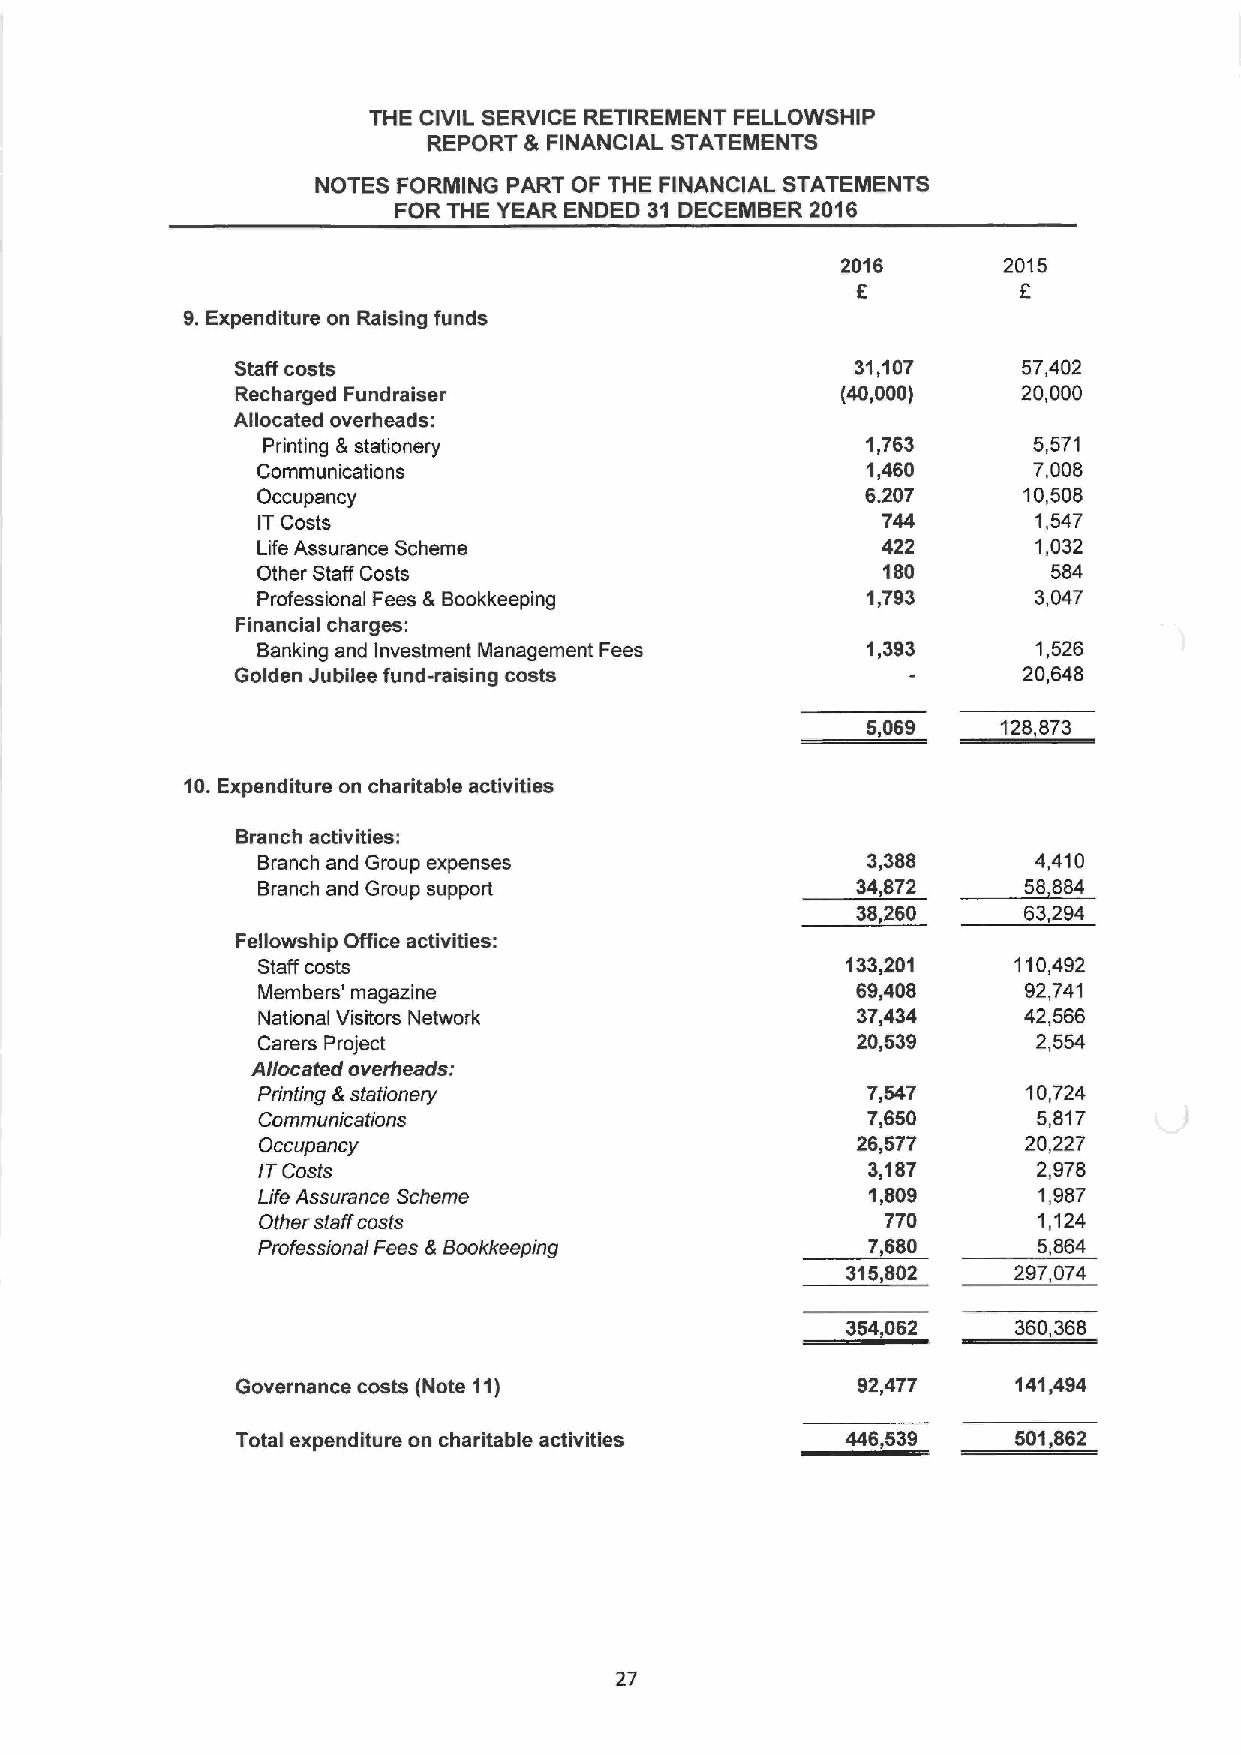
THE CIVIL SERVICE RETIREMENT FELLOWSHIP
 REPORT & FINANCIAL STATEMENTS
 NOTES FORMING PART OF THE FINANCIAL STATEMENTS
 FOR THE YEAR ENDED 31 DECEMBER 2016
 2016      2015
 6         6
 9.Expenditure on Raising funds
 Staff costs                               31,107     57,402
 Recharged Fundraiser                    (40,000)    20,000
 Allocated overheads:
 Printing 8 stationery                   1,763      5,571
 Communications                          1,460      7,008
 Occupancy                               6.207      10,508
 ITCosts                                  744        1,547
 Life Assurance Scheme                    422        1,032
 Other Staff Costs                        180         584
 Professional Fees &Bookkeeping          1,793      3,047
 Financial charges:
 Banking and Investment Management Fees  1,393       1,526
 Golden Jubilee fund-raising costs                    20,648
 5,069    128,873
 10.Expenditure on charitable activities
 Branch activities:
 Branch and Group expenses               3,388       4,410
 Branch and Group support                34,872     58,884
 38,260     53,294
 Fellowship Office activities:
 Staff costs                            133,201    110,492
 Members' magazine                       69,408     92,741
 National Visitors Network               37,434     42,566
 Carers Project                          20,539      2,554
 Allocated overheads:
 Printing &stationery                    7,547      10,724
 Communications                          7,650       5,817
 Occupancy                               26,577     20,227
 ITCosts                                 3,187       2,978
 Life Assurance Scheme                    1,809      1,987
 Other staff costs                         770       1,124
 Pmfessional Fees &Bookkeeping           7,680       5,854
 315,802    297,074
 354,062    360,368
 Governance costs (Note 11)               92,477    141,494
 Total expenditure on charitable activities 446,539 501,862
 27